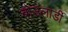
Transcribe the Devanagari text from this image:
बोउलार्डी